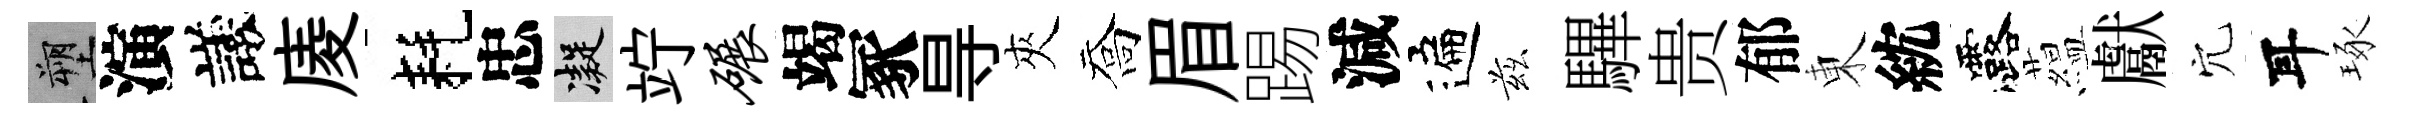
塑演議庱耗忠凝竚碾竭冢㝵夾喬眉踢減遍兹驆贵郁東紞露藴獻穴耳琢